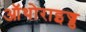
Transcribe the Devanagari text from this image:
ऑथोराइज्ड